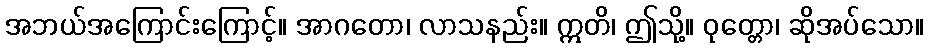
အဘယ်အကြောင်းကြောင့်။ အာဂတော၊ လာသနည်း။ ဣတိ၊ ဤသို့။ ဝုတ္တော၊ ဆိုအပ်သော။